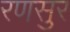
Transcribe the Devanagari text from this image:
रणसुर